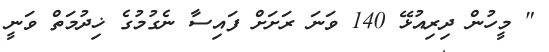
" މީހުން ދިރިއުޅޭ 140 ވަނަ ރަށަށް ފައިސާ ނެގުމުގެ ޚިދުމަތް ވަނީ